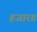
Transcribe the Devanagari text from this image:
हजार॥